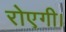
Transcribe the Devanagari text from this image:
रोएगी।